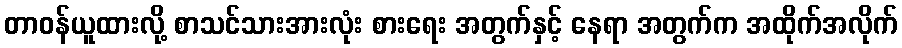
တာဝန်ယူထားလို့ စာသင်သားအားလုံး စားရေး အတွက်နှင့် နေရာ အတွက်က အထိုက်အလိုက်